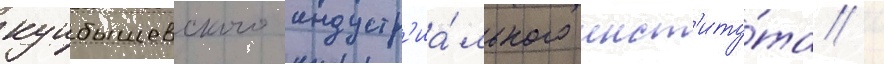
куибышевского индустр'иа́льного инст'иту́та /